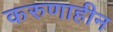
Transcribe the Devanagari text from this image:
करुणाहीन